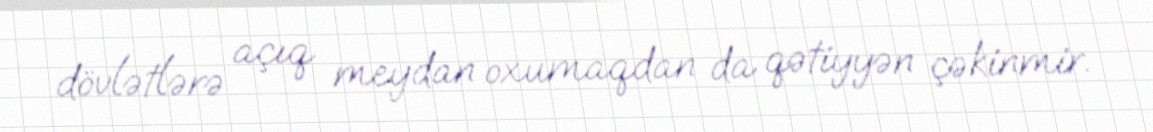
dövlətlərə açıq meydan oxumaqdan da qətiyyən çəkinmir.